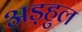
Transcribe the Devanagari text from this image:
अड़हुल